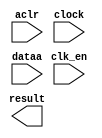
// megafunction wizard: %ALTFP_CONVERT%VBB%
// GENERATION: STANDARD
// VERSION: WM1.0
// MODULE: ALTFP_CONVERT 

// ============================================================
// Megafunction Name(s):
// 			ALTFP_CONVERT
//
// Simulation Library Files(s):
// 			lpm
// ============================================================
// ************************************************************
// THIS IS A WIZARD-GENERATED FILE. DO NOT EDIT THIS FILE!
//
// 18.0.0 Build 614 04/24/2018 SJ Lite Edition
// ************************************************************

//Copyright (C) 2018  Intel Corporation. All rights reserved.
//Your use of Intel Corporation's design tools, logic functions 
//and other software and tools, and its AMPP partner logic 
//functions, and any output files from any of the foregoing 
//(including device programming or simulation files), and any 
//associated documentation or information are expressly subject 
//to the terms and conditions of the Intel Program License 
//Subscription Agreement, the Intel Quartus Prime License Agreement,
//the Intel FPGA IP License Agreement, or other applicable license
//agreement, including, without limitation, that your use is for
//the sole purpose of programming logic devices manufactured by
//Intel and sold by Intel or its authorized distributors.  Please
//refer to the applicable agreement for further details.

module float_to_fixed (
	aclr,
	clk_en,
	clock,
	dataa,
	result)/* synthesis synthesis_clearbox = 1 */;

	input	  aclr;
	input	  clk_en;
	input	  clock;
	input	[31:0]  dataa;
	output	[17:0]  result;

endmodule

// ============================================================
// CNX file retrieval info
// ============================================================
// Retrieval info: LIBRARY: altera_mf altera_mf.altera_mf_components.all
// Retrieval info: PRIVATE: INTENDED_DEVICE_FAMILY STRING "Cyclone V"
// Retrieval info: CONSTANT: INTENDED_DEVICE_FAMILY STRING "Cyclone V"
// Retrieval info: CONSTANT: LPM_HINT STRING "UNUSED"
// Retrieval info: CONSTANT: LPM_TYPE STRING "altfp_convert"
// Retrieval info: CONSTANT: OPERATION STRING "FLOAT2FIXED"
// Retrieval info: CONSTANT: ROUNDING STRING "TO_NEAREST"
// Retrieval info: CONSTANT: WIDTH_DATA NUMERIC "32"
// Retrieval info: CONSTANT: WIDTH_EXP_INPUT NUMERIC "8"
// Retrieval info: CONSTANT: WIDTH_EXP_OUTPUT NUMERIC "8"
// Retrieval info: CONSTANT: WIDTH_INT NUMERIC "2"
// Retrieval info: CONSTANT: WIDTH_MAN_INPUT NUMERIC "23"
// Retrieval info: CONSTANT: WIDTH_MAN_OUTPUT NUMERIC "23"
// Retrieval info: CONSTANT: WIDTH_RESULT NUMERIC "18"
// Retrieval info: USED_PORT: aclr 0 0 0 0 INPUT NODEFVAL "aclr"
// Retrieval info: CONNECT: @aclr 0 0 0 0 aclr 0 0 0 0
// Retrieval info: USED_PORT: clk_en 0 0 0 0 INPUT NODEFVAL "clk_en"
// Retrieval info: CONNECT: @clk_en 0 0 0 0 clk_en 0 0 0 0
// Retrieval info: USED_PORT: clock 0 0 0 0 INPUT NODEFVAL "clock"
// Retrieval info: CONNECT: @clock 0 0 0 0 clock 0 0 0 0
// Retrieval info: USED_PORT: dataa 0 0 32 0 INPUT NODEFVAL "dataa[31..0]"
// Retrieval info: CONNECT: @dataa 0 0 32 0 dataa 0 0 32 0
// Retrieval info: USED_PORT: result 0 0 18 0 OUTPUT NODEFVAL "result[17..0]"
// Retrieval info: CONNECT: result 0 0 18 0 @result 0 0 18 0
// Retrieval info: GEN_FILE: TYPE_NORMAL float_to_fixed.v TRUE FALSE
// Retrieval info: GEN_FILE: TYPE_NORMAL float_to_fixed.qip TRUE FALSE
// Retrieval info: GEN_FILE: TYPE_NORMAL float_to_fixed.bsf TRUE TRUE
// Retrieval info: GEN_FILE: TYPE_NORMAL float_to_fixed_inst.v TRUE TRUE
// Retrieval info: GEN_FILE: TYPE_NORMAL float_to_fixed_bb.v TRUE TRUE
// Retrieval info: GEN_FILE: TYPE_NORMAL float_to_fixed.inc TRUE TRUE
// Retrieval info: GEN_FILE: TYPE_NORMAL float_to_fixed.cmp TRUE TRUE
// Retrieval info: LIB_FILE: lpm